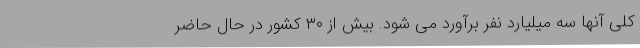
کلی آنها سه میلیارد نفر برآورد می شود. بیش از ۳۰ کشور در حال حاضر